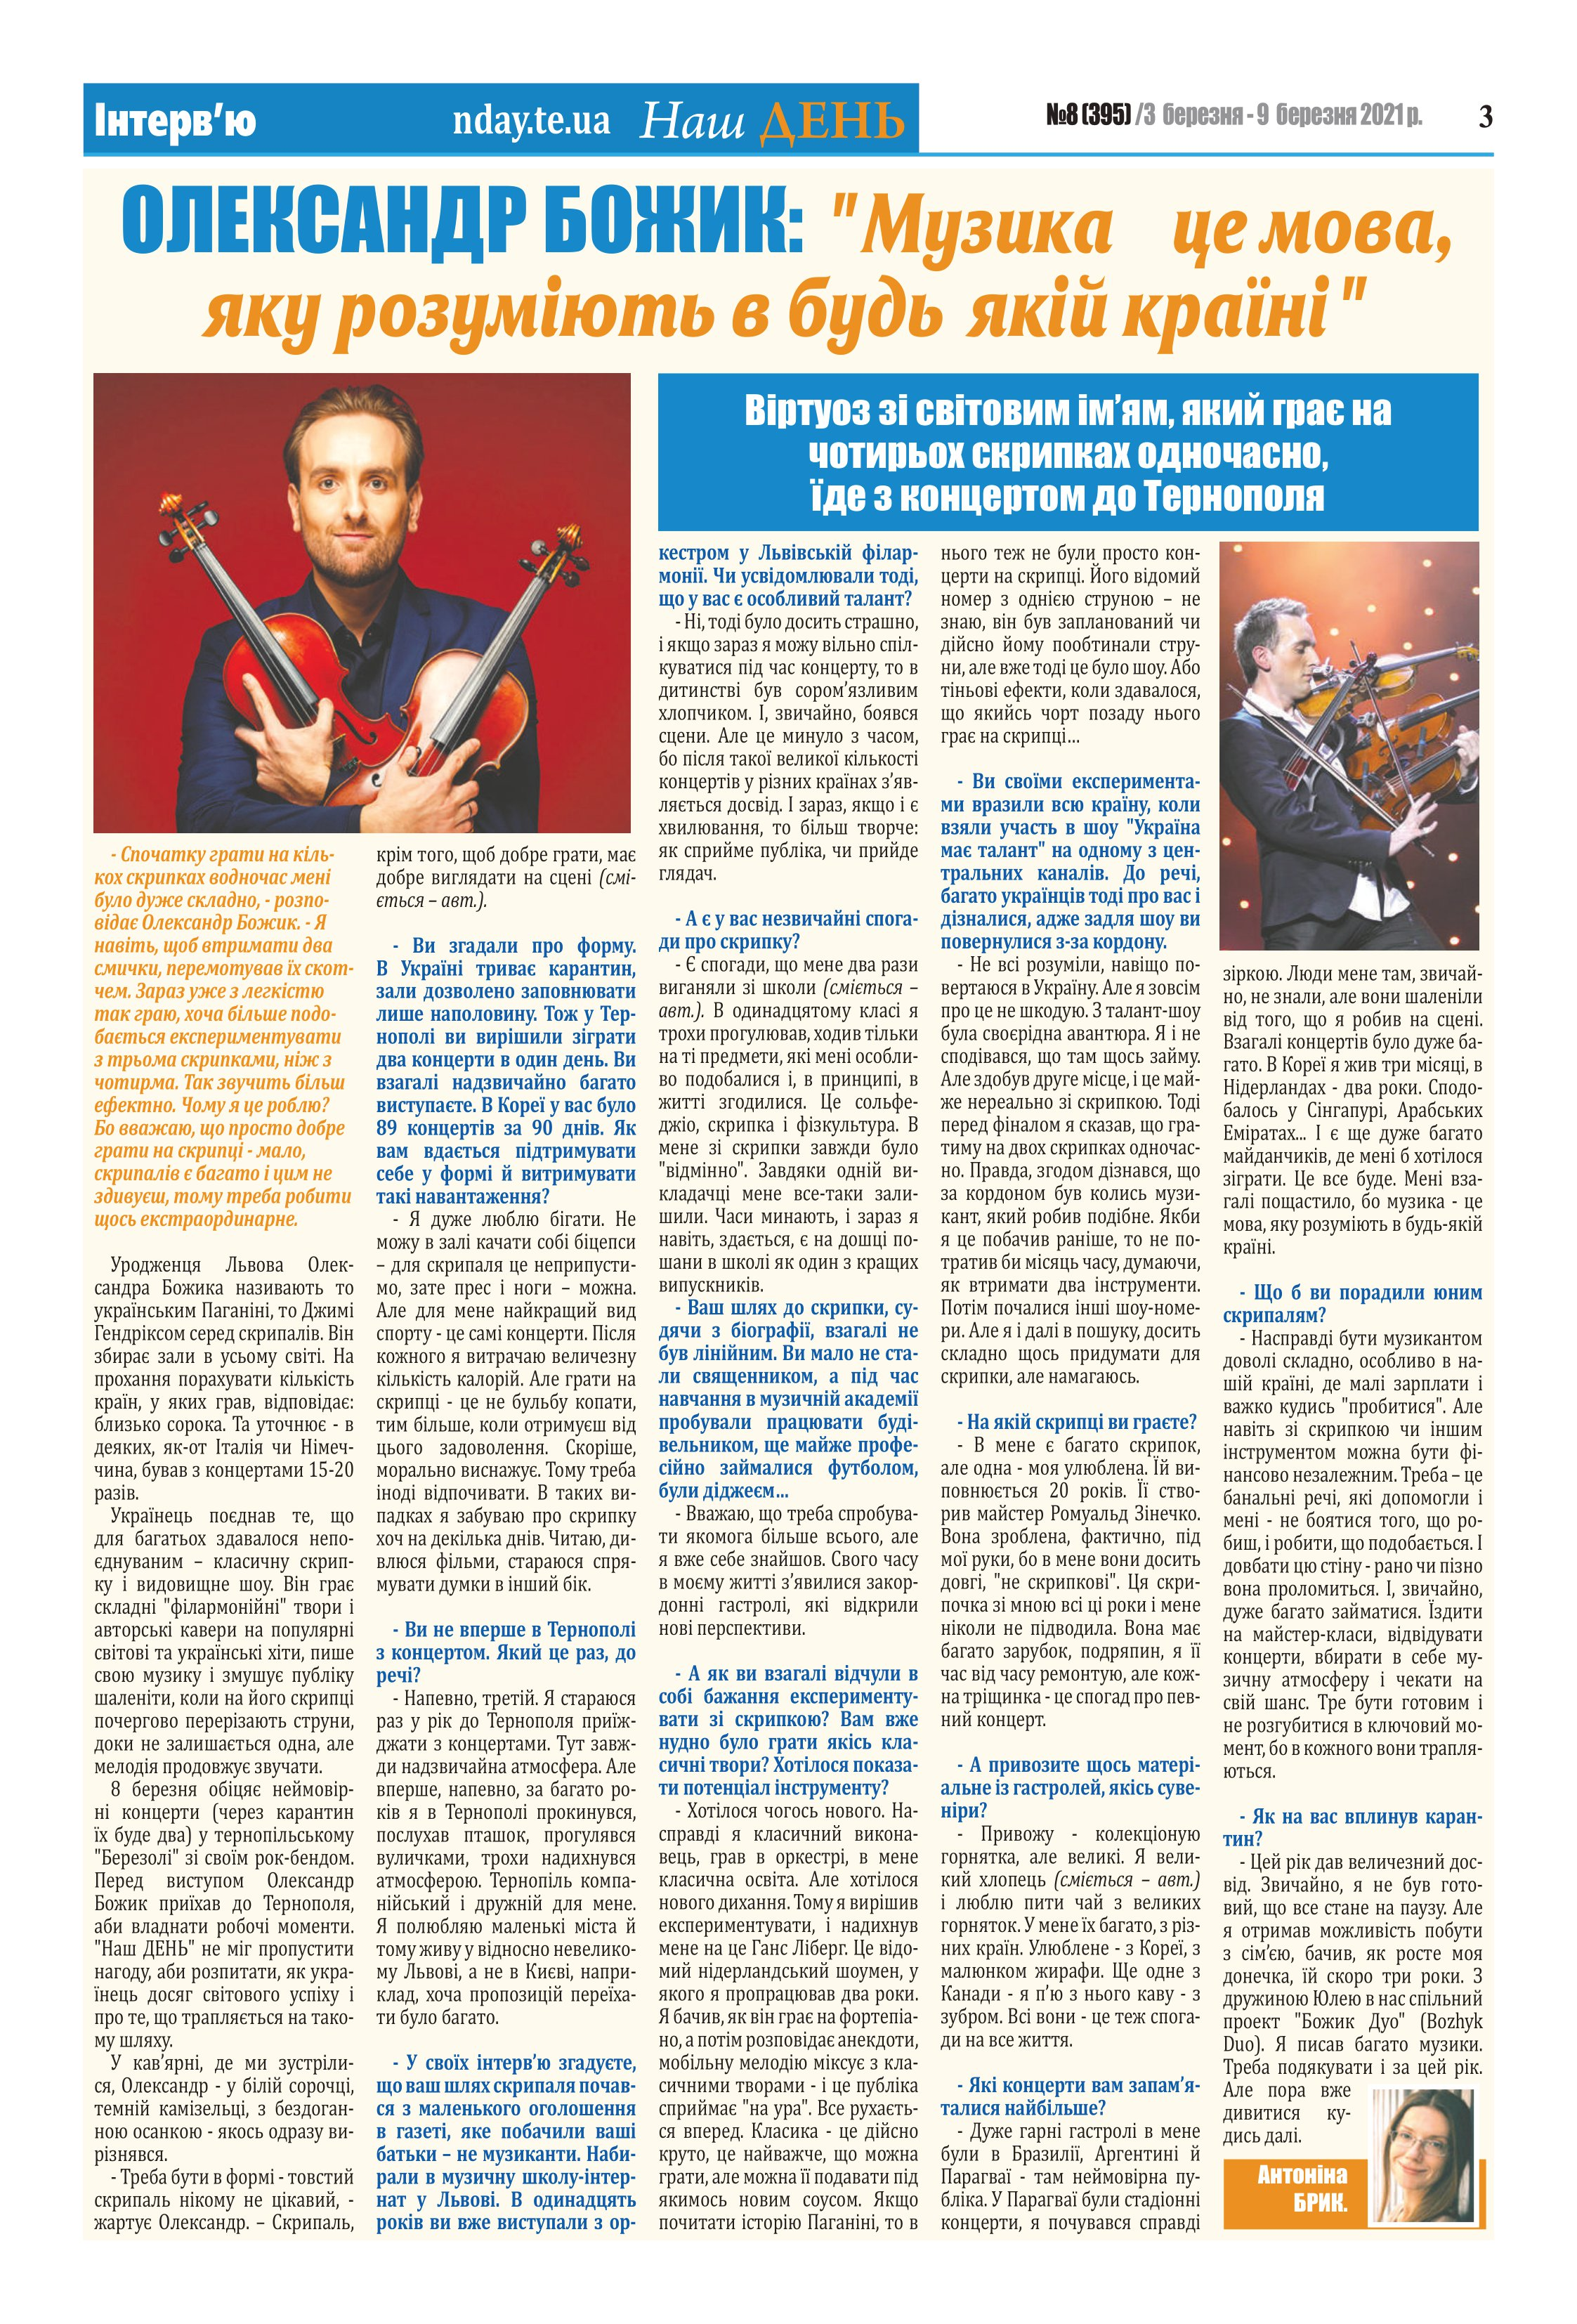
Language: uk